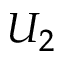
U _ { 2 }